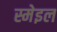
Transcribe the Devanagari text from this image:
स्मेइल